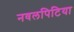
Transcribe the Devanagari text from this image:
नवलपिटिया